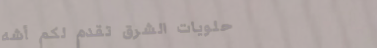
حلويات الشرق تقدم لكم أشه